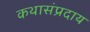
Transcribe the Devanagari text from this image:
कथासंप्रदाय